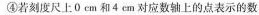
④若刻度尺上0 cm和4 cm对应数轴上的点表示的数